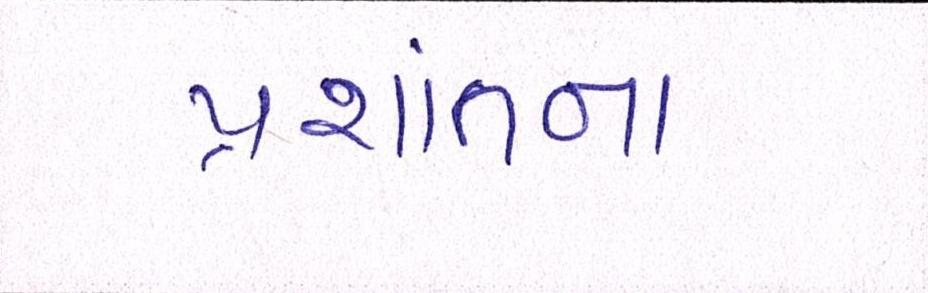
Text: પ્રશાંતના